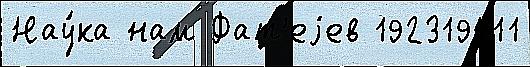
Нау́ка нам Фат'еjев 192319411